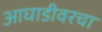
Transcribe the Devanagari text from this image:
आघाडीवरचा